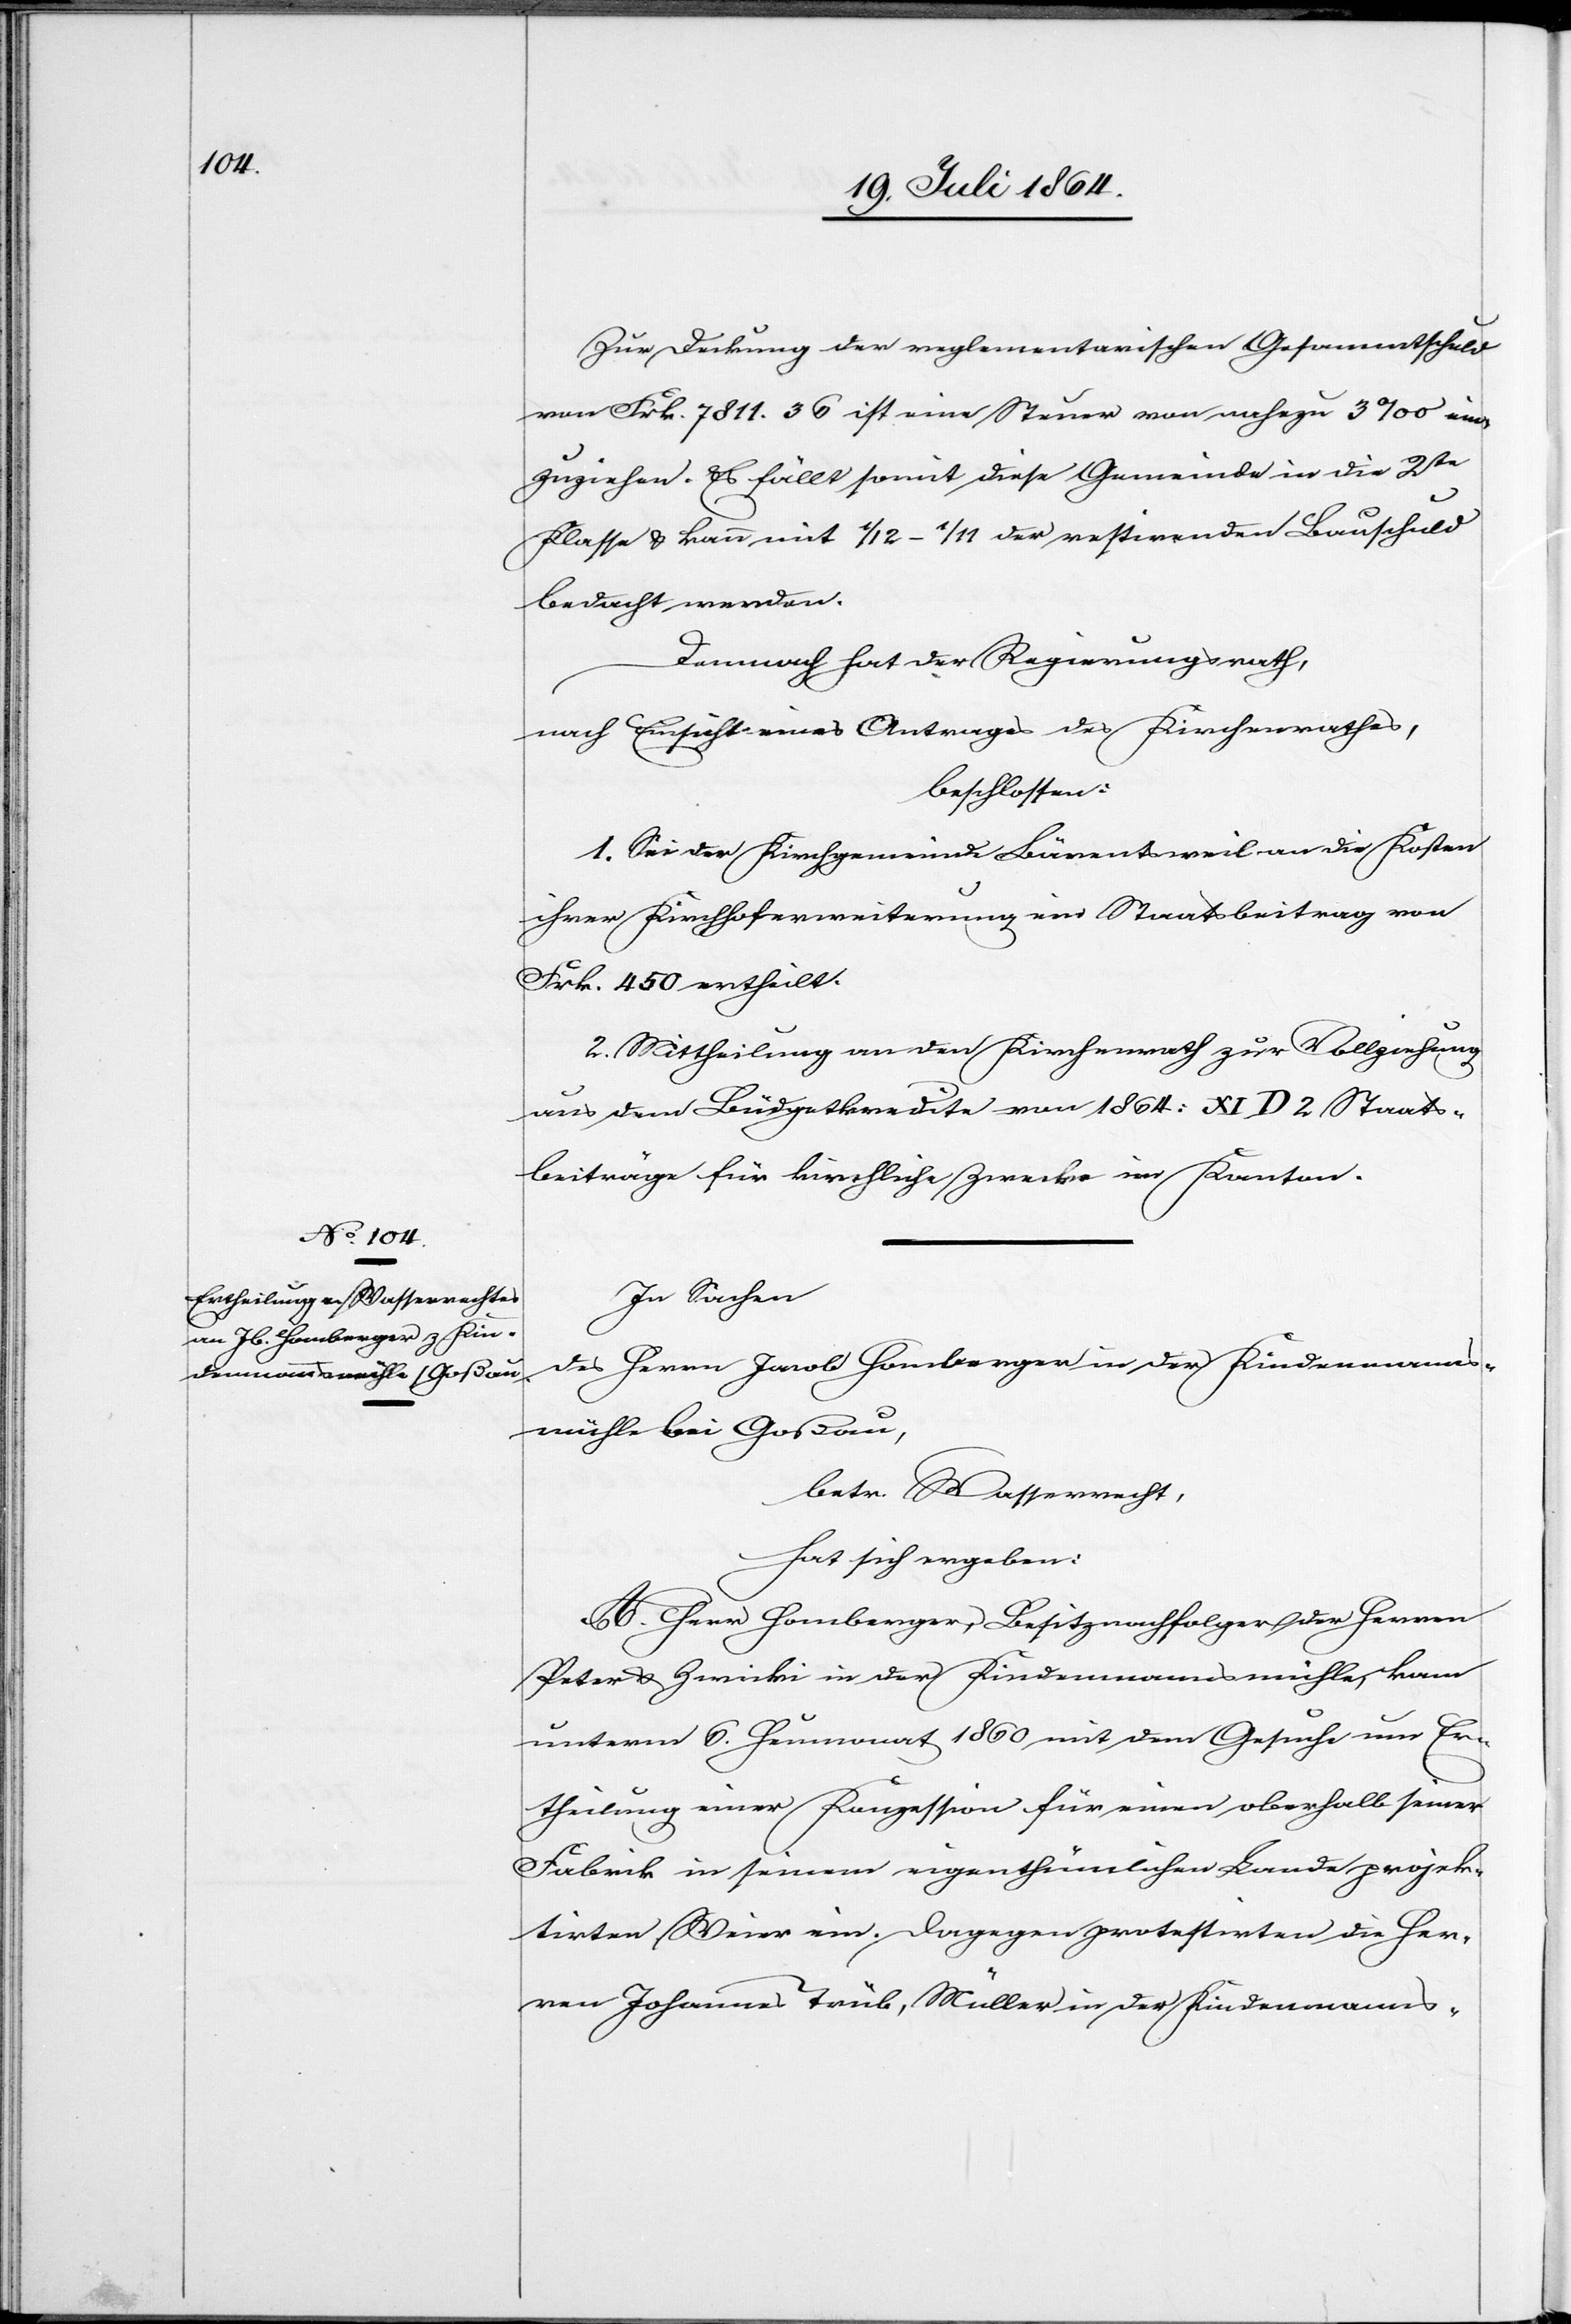
Zur Deckung der reglementarischen Gesammtschuld
von Frk. 7811.36 ist eine Steuer von nahezu 3‰ ein¬
zuziehen. Es fällt somit diese Gemeinde in die 2te
Klasse u. kann mit 1/12–1/11 der restirenden Bauschuld
bedacht werden.
Demnach hat der Regierungsrath,
nach Einsicht eines Antrages des Kirchenrathes,
beschlossen:
1. Sei der Kirchgemeinde Bärentsweil an die Kosten
ihrer Kirchhoferweiterung ein Staatsbeitrag von
Frk. 450 ertheilt.
2. Mittheilung an den Kirchenrath zur Vollziehung
aus dem Büdgetkredite von 1864: XI D 2 Staats¬
beiträge für kirchliche Zwecke im Kanton.
In Sachen
des Herrn Jacob Homberger in der Kindenmanns¬
mühle bei Goßau,
betr. Wasserrecht,
hat sich ergeben:
A. Herr Homberger, Besitznachfolger der Herren
Peter u. Zwicki in der Kindenmannsmühle, kam
unterm 6. Heumonat 1860 mit dem Gesuche um Er¬
theilung einer Konzession für einen oberhalb seiner
Fabrik in seinem eigenthümlichen Lande projek¬
tirten Weier ein. Dagegen protestirten die Her¬
ren Johannes Trüb, Müller in der Kindenmanns-